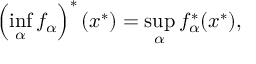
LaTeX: \left( \operatorname* { i n f } _ { \alpha } f _ { \alpha } \right) ^ { * } ( x ^ { * } ) = \operatorname* { s u p } _ { \alpha } f _ { \alpha } ^ { * } ( x ^ { * } ) ,